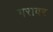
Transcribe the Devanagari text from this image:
गरावर